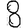
Digit: 8